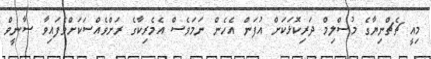
މިއީ ޗެޗްނިޔާގެ މުސްލިމް ދަރިކޮޅަކަށް އުފަން އެހެން ނަމަވެސް އެމެރިކާގެ ރަށްވެއްސަކަށްވެފައިވާ ސާނީވް